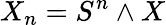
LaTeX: X_{n}=S^{n}\wedge X